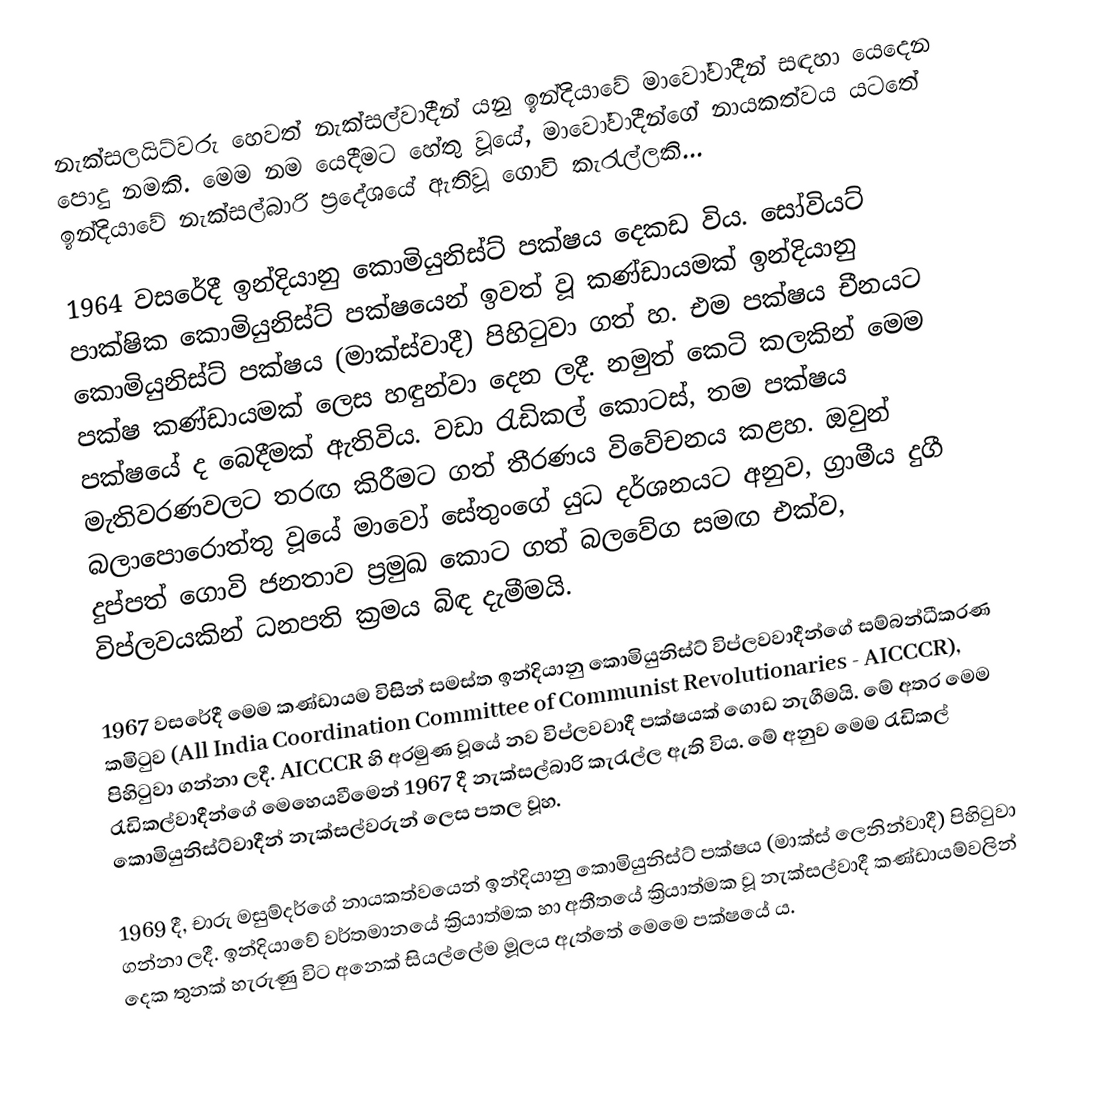
නැක්සලයිට්වරු හෙවත් නැක්සල්වාදීන් යනු ඉන්දියාවේ මාවෝවාදීන් සඳහා යෙදෙන පොදු නමකි. මෙම නම යෙදීමට හේතු වූයේ, මාවෝවාදීන්ගේ නායකත්වය යටතේ ඉන්දියාවේ නැක්සල්බාරි ප්‍රදේශයේ ඇතිවූ ගොවි කැරැල්ලකි...

1964 වසරේදී ඉන්දියානු කොමියුනිස්ට් පක්ෂය දෙකඩ විය. සෝවියට් පාක්ෂික කොමියුනිස්ට් පක්ෂයෙන් ඉවත් වූ කණ්ඩායමක් ඉන්දියානු කොමියුනිස්ට් පක්ෂය (මාක්ස්වාදී) පිහිටුවා ගත් හ. එම පක්ෂය චීනයට පක්ෂ කණ්ඩායමක් ලෙස හඳුන්වා දෙන ලදී. නමුත් කෙටි කලකින් මෙම පක්ෂයේ ද බෙදීමක් ඇතිවිය. වඩා රැඩිකල් කොටස්, තම පක්ෂය මැතිවරණවලට තරඟ කිරීමට ගත් තීරණය විවේචනය කළහ. ඔවුන් බලාපොරොත්තු වූයේ මාවෝ සේතුංගේ යුධ දර්ශනයට අනුව, ග්‍රාමීය දුගී දුප්පත් ගොවි ජනතාව ප්‍රමුඛ කොට ගත් බලවේග සමඟ එක්ව, විප්ලවයකින් ධනපති ක්‍රමය බිඳ දැමීමයි.

1967 වසරේදී  මෙම කණ්ඩායම විසින් සමස්ත ඉන්දියානු කොමියුනිස්ට් විප්ලවවාදීන්ගේ සම්බන්ධීකරණ කමිටුව (All India Coordination Committee of Communist Revolutionaries - AICCCR), පිහිටුවා ගන්නා ලදී. AICCCR හි අරමුණ වූයේ නව විප්ලවවාදී පක්ෂයක් ගොඩ නැගීමයි. මේ අතර මෙම රැඩිකල්වාදීන්ගේ මෙහෙයවීමෙන් 1967 දී නැක්සල්බාරි කැරැල්ල ඇති විය. මේ අනුව මෙම රැඩිකල් කොමියුනිස්ට්වාදීන් නැක්සල්වරුන් ලෙස පතල වූහ.

1969 දී, චාරු මසුම්දර්ගේ නායකත්වයෙන් ඉන්දියානු කොමියුනිස්ට් පක්ෂය (මාක්ස් ලෙනින්වාදී) පිහිටුවා ගන්නා ලදී. ඉන්දියාවේ වර්තමානයේ ක්‍රියාත්මක හා අතීතයේ ක්‍රියාත්මක වූ නැක්සල්වාදී කණ්ඩායම්වලින් දෙක තුනක් හැරුණු විට අනෙක් සියල්ලේම මූලය ඇත්තේ මෙමෙ පක්ෂයේ ය.